Report on the working of the Ranchi Indian Mental Hospital, Kanke, in Bihar and Orissa - 1930-1940
Year: 1930
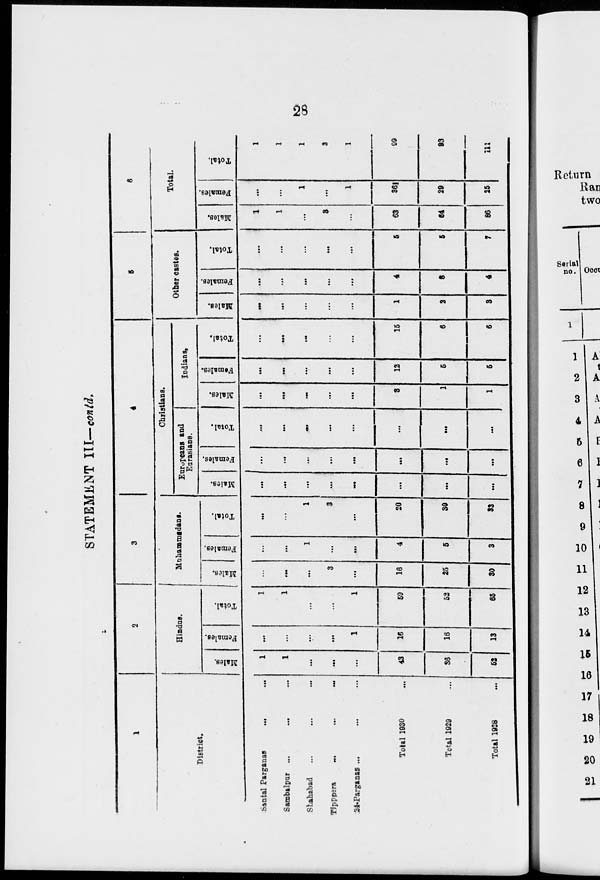
28
STATEMENT III— contd.
1
District.
Santal Parganas
... ...
Sambalpur ...
... ...
Shahabad ... ... ...
Tipppera
...
...
...
24-Parganas ... ... ...
Total 1930 ...
Total 1929 ...
Total 1928 ...
2
Hindus.
Males.
1
1
...
...
...
43
36
52
Females.
...
...
...
...
1
16
16
13
Total.
1
1
...
...
1
59
52
65
3
Muhammadans.
Males.
...
...
...
3
...
16
25
30
Females.
...
...
1
...
...
4
5
3
Total.
...
...
1
3
...
20
30
33
4
Christians.
Europeans and
Eurasians.
Males.
...
...
...
...
...
...
...
...
Females.
...
...
...
...
...
...
...
...
Total.
...
...
...
...
...
...
...
...
Indians.
Males.
...
...
...
...
...
3
1
1
Females.
...
...
...
...
...
12
5
5
Total.
...
...
...
...
...
15
6
6
5
Other castes.
Males.
...
...
...
...
...
1
2
3
Females.
...
...
...
...
...
4
3
4
Total.
...
...
...
...
...
5
5
7
6
Total.
Males.
1
1
...
3
...
63
64
86
Females.
...
...
1
...
1
36
29
25
Total.
1
1
1
3
1
99
93
111